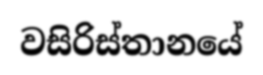
වසිරිස්තානයේ